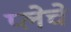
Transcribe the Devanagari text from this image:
प्लेचे